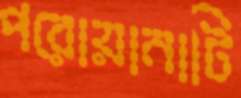
পরোয়ানাটি